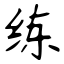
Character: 练